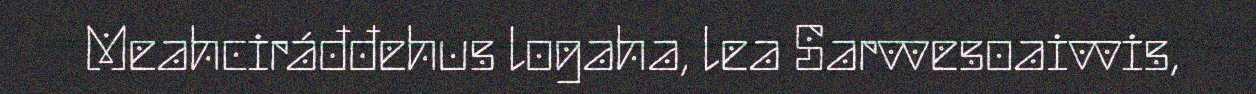
Meahciráđđehus logaha, lea Sarvvesoaivvis,